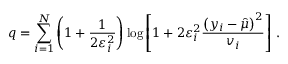
q = \sum _ { i = 1 } ^ { N } \left( 1 + \frac { 1 } { 2 \varepsilon _ { i } ^ { 2 } } \right) \log \left[ { 1 + 2 \varepsilon _ { i } ^ { 2 } \frac { \left( y _ { i } - \hat { \mu } \right) ^ { 2 } } { v _ { i } } } \right] \, .